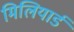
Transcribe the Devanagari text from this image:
मिलियार्ड